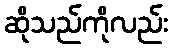
ဆိုသည်ကိုလည်း